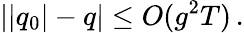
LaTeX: ||q_{0}|-q|\leq O(g^{2}T)\, .